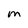
Character: M